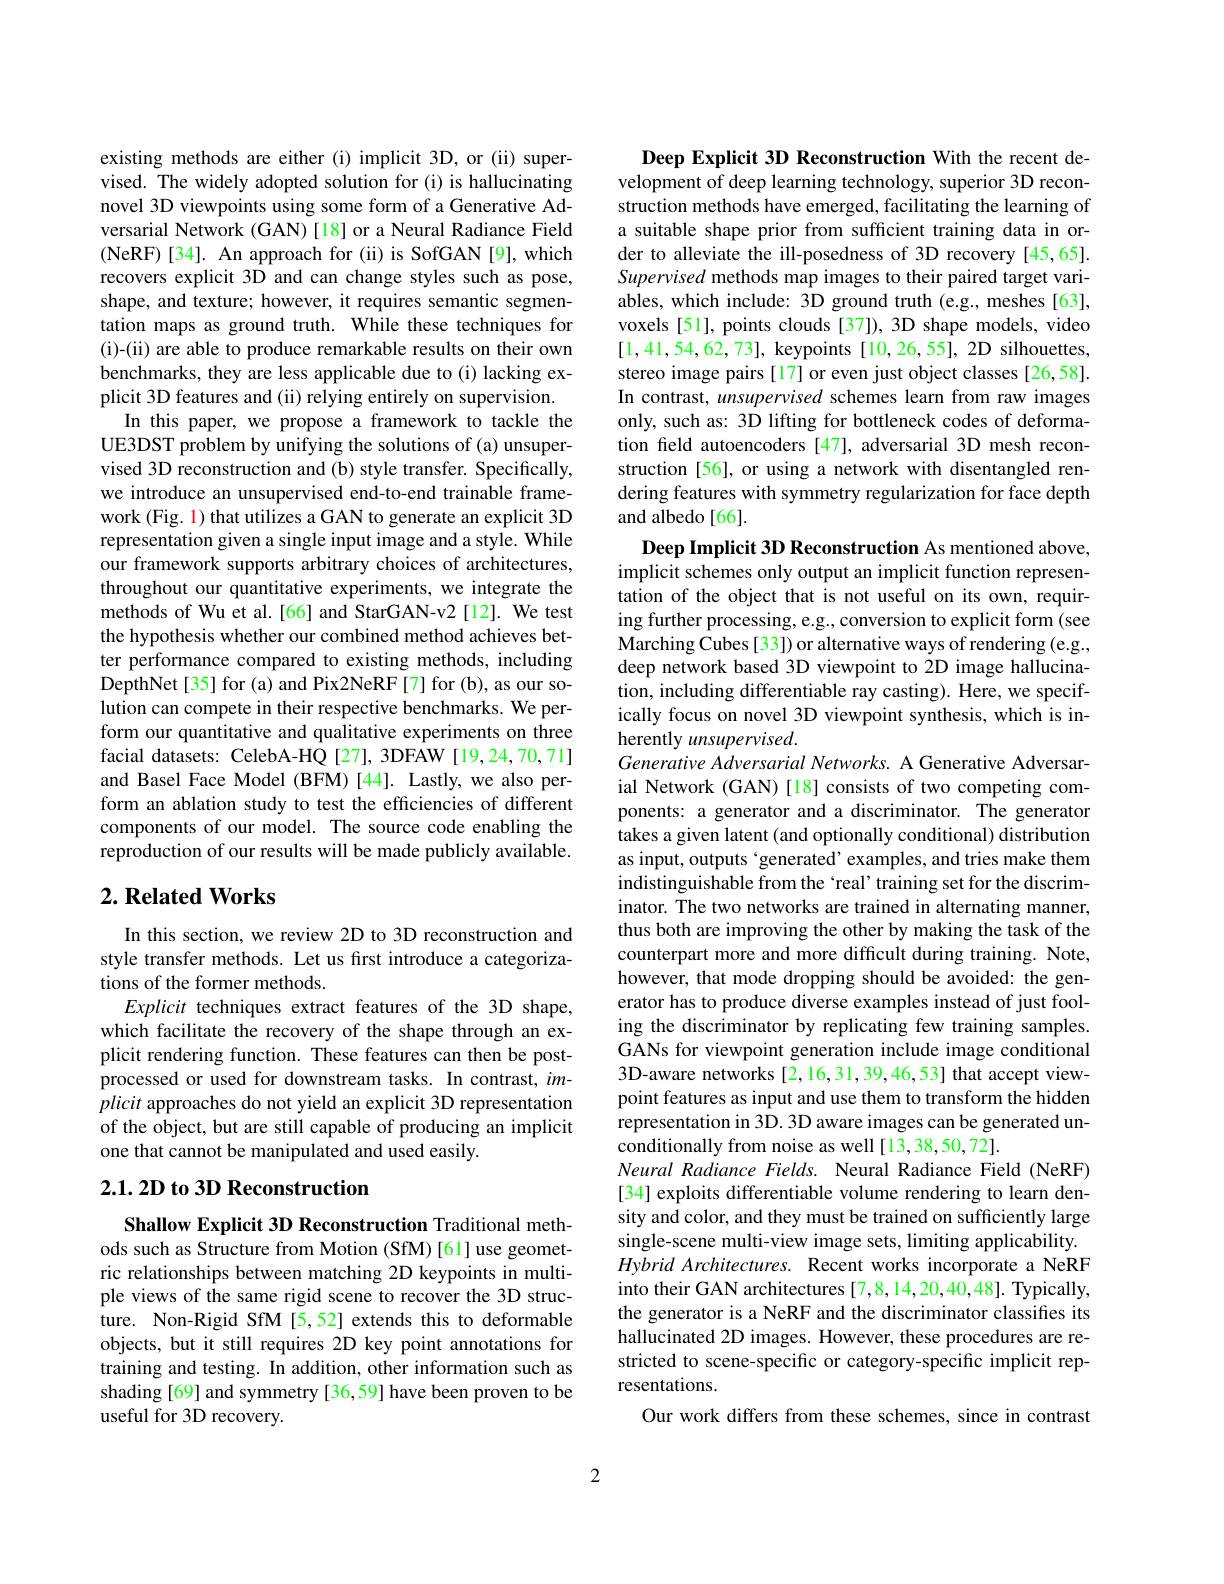
existing methods are either (i) implicit 3D, or (ii) supervised. The widely adopted solution for (i) is hallucinating novel 3D viewpoints using some form of a Generative Adversarial Network (GAN) [18] or a Neural Radiance Field ( NeRF) [ 34] . An approach for ( ii) is SofGAN [ 9] , which recovers explicit 3D and can change styles such as pose, shape, and texture; however, it requires semantic segmentation maps as ground truth. While these techniques for (i)-(ii) are able to produce remarkable results on their own benchmarks, they are less applicable due to (i) lacking explicit 3D features and (ii) relying entirely on supervision.
In this paper, we propose a framework to tackle the UE3DST problem by unifying the solutions of (a) unsupervised 3D reconstruction and (b) style transfer. Specifically, we introduce an unsupervised end-to-end trainable framework (Fig. 1) that utilizes a GAN to generate an explicit 3D representation given a single input image and a style. While our framework supports arbitrary choices of architectures, throughout our quantitative experiments, we integrate the methods of Wu et al.[66] and StarGAN-v2[12]. We test the hypothesis whether our combined method achieves better performance compared to existing methods, including DepthNet[35] for(a) and Pix2NeRF[7] for (b), as our solution can compete in their respective benchmarks. We perform our quantitative and qualitative experiments on three facial datasets: CelebA-HQ[27],3DFAW[19,24,70,71] and Basel Face Model (BFM)[44]. Lastly, we also perform an ablation study to test the efficiencies of different components of our model. The source code enabling the reproduction of our results will be made publicly available.

## $2. \textbf{Related Works}$

In this section, we review 2D to 3D reconstruction and style transfer methods. Let us first introduce a categorizations of the former methods.
Explicit techniques extract features of the 3D shape, which facilitate the recovery of the shape through an explicit rendering function. These features can then be postprocessed or used for downstream tasks. In contrast, $im$- plicit approaches do not yield an explicit 3D representation of the object, but are still capable of producing an implicit one that cannot be manipulated and used easily.

## 2.1.2D to 3D Reconstruction

Shallow Explicit 3D Reconstruction Traditional methods such as Structure from Motion (SfM)[61]use geometric relationships between matching 2D keypoints in multiple views of the same rigid scene to recover the 3D structure. Non-Rigid SfM [5,52] extends this to deformable objects, but it still requires 2D key point annotations for training and testing. In addition, other information such as shading [69] and symmetry [36,59] have been proven to be useful for 3D recovery.

Deep Explicit 3D Reconstruction With the recent development of deep learning technology, superior 3D reconstruction methods have emerged, facilitating the learning of a suitable shape prior from sufficient training data in order to alleviate the ill-posedness of 3D recovery [45,65]. Supervised methods map images to their paired target variables, which include: 3D ground truth (e.g., meshes [63], voxels [51], points clouds [37]), 3D shape models, video [1,41,54,62,73], keypoints [10,26,55],2D silhouettes, stereo image pairs [17] or even just object classes [26,58]. In contrast, unsupervised schemes learn from raw images only, such as: 3D lifting for bottleneck codes of deformation feld autoencoders [47], adversarial 3D mesh reconstruction [56], or using a network with disentangled rendering features with symmetry regularization for face depth and albedo [66].

Deep Implicit 3D Reconstruction As mentioned above, implicit schemes only output an implicit function representation of the object that is not useful on its own, requiring further processing, e.g., conversion to explicit form (see Marching Cubes [33]) or alternative ways of rendering (e.g., deep network based 3D viewpoint to 2D image hallucination, including differentiable ray casting). Here, we specifically focus on novel 3D viewpoint synthesis, which is inherently unsupervised.
Generative Adversarial Networks. A Generative Adversarial Network (GAN) [18] consists of two competing components: a generator and a discriminator. The generator takes a given latent (and optionally conditional) distribution as input, outputs ‘generated’ examples, and tries make them indistinguishable from the `real' training set for the discriminator. The two networks are trained in alternating manner, thus both are improving the other by making the task of the counterpart more and more difficult during training. Note, however, that mode dropping should be avoided: the generator has to produce diverse examples instead of just fooling the discriminator by replicating few training samples GANs for viewpoint generation include image conditional 3D-aware networks [2,16,31,39,46,53] that accept viewpoint features as input and use them to transform the hidden representation in 3D. 3D aware images can be generated unconditionally from noise as well[13,38,50,72].
Neural Radiance Fields. Neural Radiance Field (NeRF) [34] exploits differentiable volume rendering to learn density and color, and they must be trained on sufficiently large single-scene multi-view image sets, limiting applicability. Hybrid Architectures. Recent works incorporate a NeRF into their GAN architectures [7,8,14,20,40,48]. Typically, the generator is a NeRF and the discriminator classifies its hallucinated 2D images. However, these procedures arestricted to scene-specific or category-specific implicit representations
Our work differs from these schemes, since in contrast

2